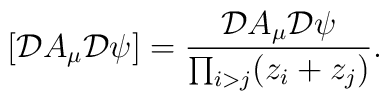
\left[{\cal D}A_\mu{\cal D}\psi\right]=\frac{{\cal D}A_\mu{\cal D}\psi}{\prod_{i>j}(z_i+z_j)}.